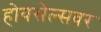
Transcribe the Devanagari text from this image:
होयसेल्सवर